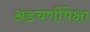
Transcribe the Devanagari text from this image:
अडचणींपेक्षा